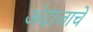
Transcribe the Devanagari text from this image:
अंदाजाचे